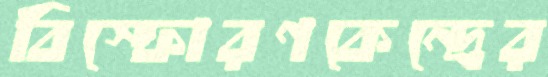
বিস্ফোরণকেন্দ্রের